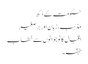
حکومت کے دُکھ
مذہب، زبان اور برصغیر
اقبال کا نوجوانوں سے خطاب
طبقہ۔